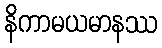
နိကာမယမာနဿ